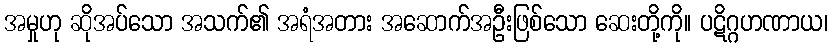
အမှုဟု ဆိုအပ်သော အသက်၏ အရံအတား အဆောက်အဦးဖြစ်သော ဆေးတို့ကို။ ပဋိဂ္ဂဟဏာယ၊